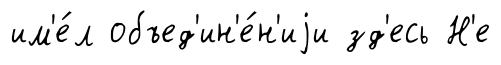
им'е́л объед'ин'е́н'иjи зд'есь Н'е